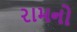
રામનો